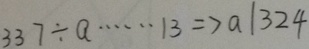
3 3 7 \div a \cdots 1 3 \Rightarrow a \vert 3 2 4